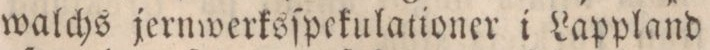
walchs jernwerksſpekulationer i Lappland